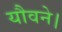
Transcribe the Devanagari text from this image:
यौवने।